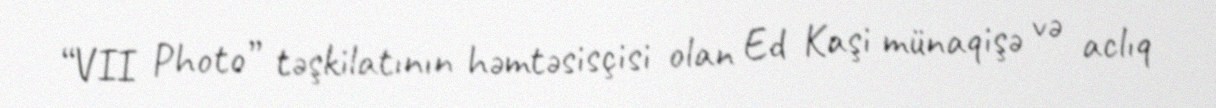
“VII Photo” təşkilatının həmtəsisçisi olan Ed Kaşi münaqişə və aclıq